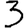
Digit: 3